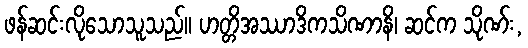
ဖန်ဆင်းလိုသောသူသည်။ ဟတ္တိအဿာဒိကသိဏာနိ၊ ဆင်က သိုဏ်း,